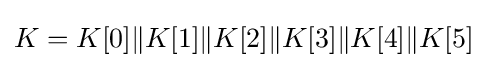
K=K[0]\|K[1]\|K[2]\|K[3]\|K[4]\|K[5]